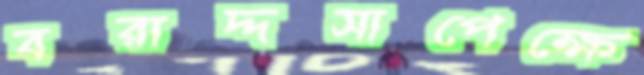
বরাদ্দসাপেক্ষে